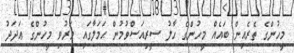
މީހުންގެ ތެރެއިން ބައެއް މީހުންގެ ހާލު ސީރިއަސްވުމުން ޙަމަލާގައި މަރުވި މީހުންގެ ޢަދަދު